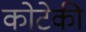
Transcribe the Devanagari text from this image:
कोटेकी